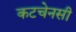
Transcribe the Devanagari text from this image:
कटचेनसी